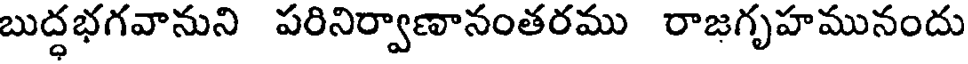
బుద్ధభగవానుని పరినిర్వాణానంతరము రాజగృహమునందు